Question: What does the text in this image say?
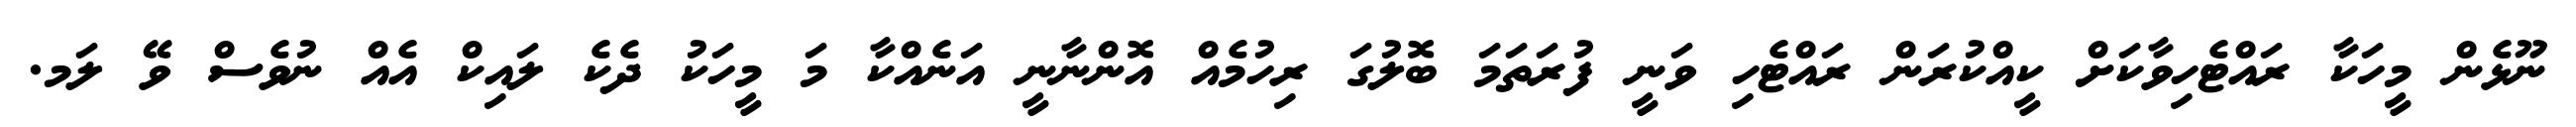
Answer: ނޫޅެން މީހަކާ ރައްޓެހިވާކަށް ކީއްކުރަން ރައްޓެހި ވަނީ ފުރަތަމަ ބޮލުގަ ރިހުމެއް އޮންނާނީ އަނެއްކާ މަ މީހަކު ދެކެ ލައިކް އެއް ނުވެސް ވޭ ލަމ.